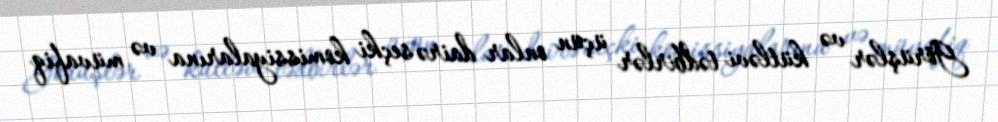
Görüşlər və kütləvi tədbirlər üçün onlar dairə seçki komissiyalarına və müvafiq